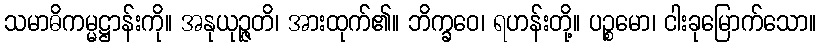
သမာဓိကမ္မဋ္ဌာန်းကို။ အနုယုဉ္ဇတိ၊ အားထုက်၏။ ဘိက္ခဝေ၊ ရဟန်းတို့။ ပဉ္စမော၊ ငါးခုမြောက်သော။